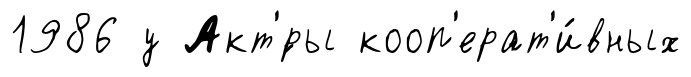
1986 у Акт'́ры кооп'ерат'и́вных